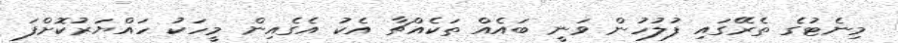
މިނެޓުގެ ތެރޭގައި ފުލުހުން ވަނީ ބައެއް ތަކެއްޗާ އެކު އެގެއިން މީހަކު ހައްޔަރުކޮށްފަ